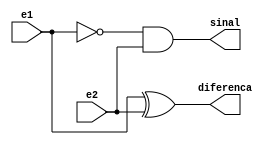
// Nome: Isabella Gonales
// Matrcula: 420120


module metodomeiadiferenca(diferenca,sinal,e1,e2);
output diferenca,sinal;
input e1,e2;
wire temp1;

xor xor1 (diferenca,e1,e2);
not not1 (temp1,e1);
and and1 (sinal,temp1,e2);

endmodule


module metododiferencacompleta (diferenca,sinal,e1,e2,e3);
output diferenca,sinal;
input e1,e2,e3;
wire temp1,temp2,temp3;

metodomeiadiferenca MeiaDiferenca1 (temp1,temp2,e1,e2);
metodomeiadiferenca MeiaDiferenca2 (diferenca,temp3,e3,temp1);
or OR1 (sinal,temp2,temp3);


endmodule


module metodoDiferencacompleta4bits(diferenca,sinal,e1,e2);

output [2:0]diferenca;
output sinal;
input [2:0]e1,e2;
wire sinal1,sinal2;

metodomeiadiferenca MEIADIFERENCA (diferenca[0],sinal1,e1[0],e2[0]);
metododiferencacompleta DIFERENCACOMPLETA1 ( diferenca[1],sinal2,e1[1],e2[1],sinal1);
metododiferencacompleta DIFERENCACOMPLETA2 (diferenca[2],sinal,e1[2],e2[2],sinal2);

endmodule


module testsubtrator4bits;
reg [2:0]e1,e2;
wire [2:0]diferenca;
wire sinal;
integer i,j;

metodoDiferencacompleta4bits DiferencaCompleta(diferenca,sinal,e1,e2);

initial begin: start
		e1=0; e2=0;
end


	initial begin:main

		$display("Circuito Diferenca Completa com 3 bits ");
		#1 $display(" e1 - e2 = sinal  diferenca ");
		#1 $monitor(" %4b - %4b = %b  %4b", e1,e2,sinal,diferenca);

		for( i=0; i<=7; i = i+1 )
		begin
			e1 = i;
			for ( j=0; j<=7; j = j+1 )
			begin
				#1 e2 = j;
			end
		end

	end

endmodule


/* Registrando os resultado
Circuito Diferenca Completa com 3 bits 
     e1 - e2 = sinal  diferenca 
      000 -  000 = 0   000
      000 -  001 = 0   011
      000 -  010 = 0   110
      000 -  011 = 0   101
      000 -  100 = 1   100
      000 -  101 = 1   111
      000 -  110 = 1   010
      001 -  111 = 1   010
      001 -  000 = 0   001
      001 -  001 = 0   000
      001 -  010 = 0   111
      001 -  011 = 0   110
      001 -  100 = 1   101
      001 -  101 = 1   100
      001 -  110 = 1   011
      010 -  111 = 1   111
      010 -  000 = 0   110
      010 -  001 = 0   001
      010 -  010 = 0   000
      010 -  011 = 0   011
      010 -  100 = 1   010
      010 -  101 = 1   101
      010 -  110 = 1   100
      011 -  111 = 1   100
      011 -  000 = 0   111
      011 -  001 = 0   110
      011 -  010 = 0   001
      011 -  011 = 0   000
      011 -  100 = 1   011
      011 -  101 = 1   010
      011 -  110 = 1   101
      100 -  111 = 0   101
      100 -  000 = 1   100
      100 -  001 = 1   111
      100 -  010 = 0   010
      100 -  011 = 0   001
      100 -  100 = 0   000
      100 -  101 = 0   011
      100 -  110 = 0   110
      101 -  111 = 0   110
      101 -  000 = 1   101
      101 -  001 = 1   100
      101 -  010 = 0   011
      101 -  011 = 0   010
      101 -  100 = 0   001
      101 -  101 = 0   000
      101 -  110 = 0   111
      110 -  111 = 0   011
      110 -  000 = 0   010
      110 -  001 = 1   101
      110 -  010 = 1   100
      110 -  011 = 1   111
      110 -  100 = 0   110
      110 -  101 = 0   001
      110 -  110 = 0   000
      111 -  111 = 0   000
      111 -  000 = 0   011
      111 -  001 = 0   010
      111 -  010 = 1   101
      111 -  011 = 1   100
      111 -  100 = 0   111
      111 -  101 = 0   110
      111 -  110 = 0   001
      111 -  111 = 0   000
    
     ----jGRASP: operation complete.
    */